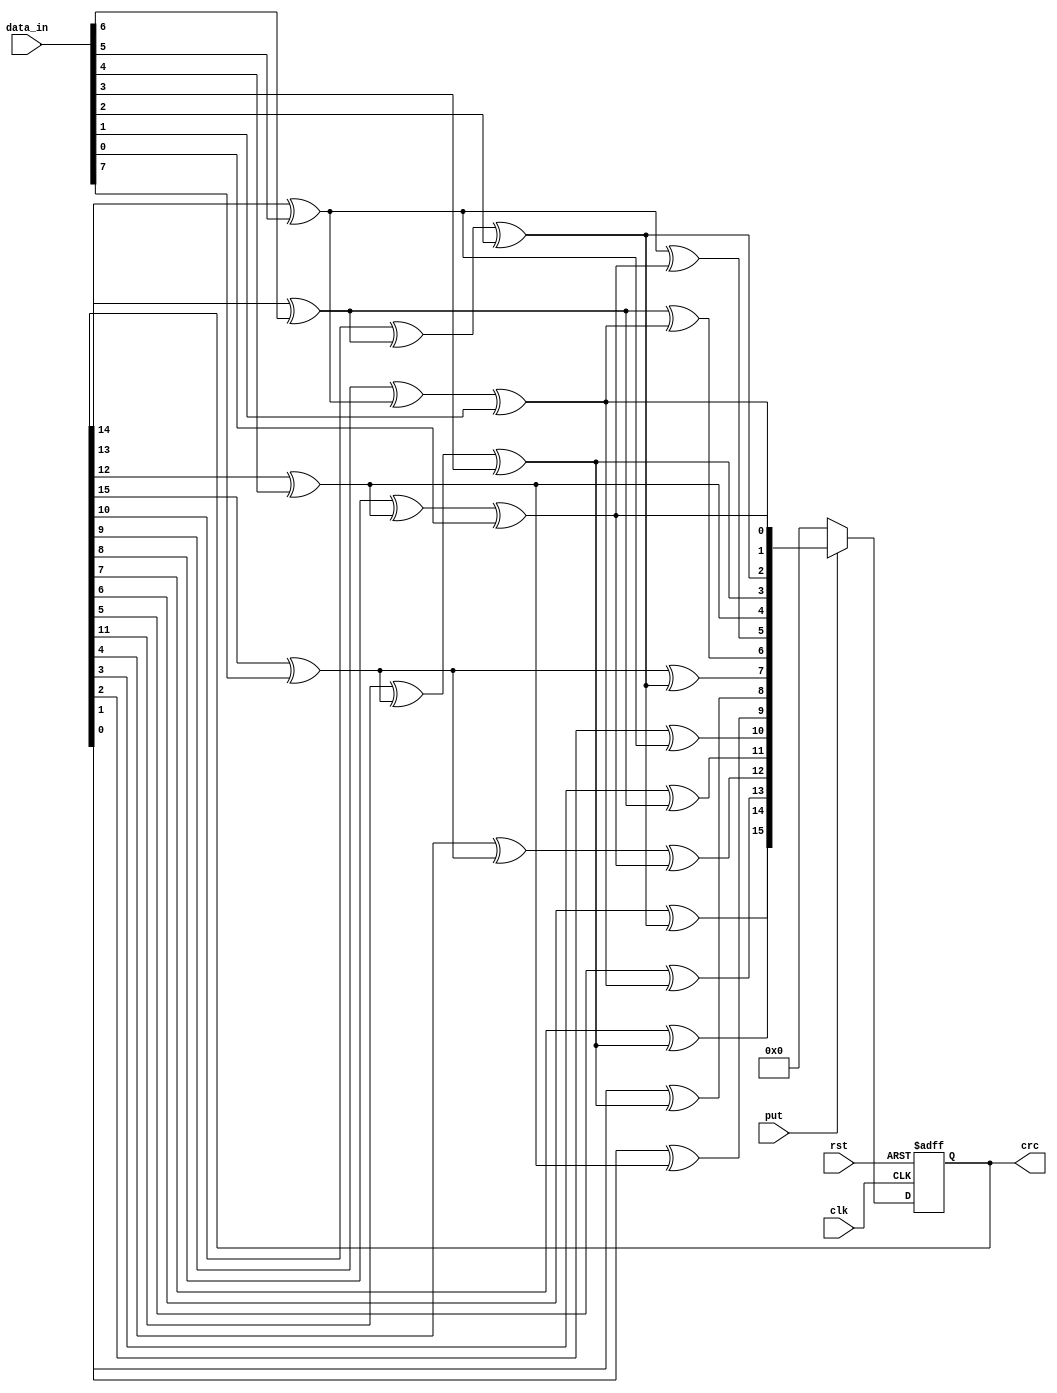
//CRC16 test
module CRC16(
     input             rst,      /* async reset,active low */ 
    input             clk,      /* clock input */ 
    input      [ 7 : 0 ] data_in, /* parallel data input pins */ 
    input             put, /* data valid,start to generate CRC, active high */ 
    output  reg [ 15 : 0 ] crc
);

integer i;
 reg feedback;
 reg [ 15 : 0 ] crc_tmp;
 //reg [23:0] data_crc;
 wire [23:0] data_crc;
 /*
 * * sequential process
 * */ 
 
 assign data_crc = (crc == 16'b0) ? 24'b0 : {data_in, crc} ;
always @( posedge clk or  negedge rst)
 begin 
    if (! rst)
        crc <= 16'b0; 
    else  if (put== 1'b0) 
        crc <= 16'b0; 
    else 
        crc <= crc_tmp;
       // data_crc <= {data_in, crc};
 end

/*
 * * combination process
 * */ 
always @( data_in or crc)
 begin 
    crc_tmp = crc;
    //data_crc = {data_in, crc};
     for (i= 7 ; i>= 0 ; i=i- 1 )
     begin 
        feedback     = crc_tmp[ 15 ] ^ data_in[i];
        crc_tmp[ 15 ] = crc_tmp[ 14 ];
        crc_tmp[ 14 ] = crc_tmp[ 13 ];
        crc_tmp[ 13 ] = crc_tmp[ 12 ];
        crc_tmp[ 12 ] = crc_tmp[ 11 ] ^ feedback;
        crc_tmp[ 11 ] = crc_tmp[ 10 ] ;
        crc_tmp[ 10 ] = crc_tmp[ 9 ];
        crc_tmp[ 9 ] = crc_tmp[ 8 ];
        crc_tmp[ 8 ] = crc_tmp[ 7 ];
        crc_tmp[ 7 ] = crc_tmp[ 6 ];
        crc_tmp[ 6 ] = crc_tmp[ 5 ];
        crc_tmp[ 5 ] = crc_tmp[ 4 ] ^ feedback;
        crc_tmp[ 4 ] = crc_tmp[ 3 ];
        crc_tmp[ 3 ] = crc_tmp[ 2 ];
        crc_tmp[ 2 ] = crc_tmp[ 1 ];
        crc_tmp[ 1 ] = crc_tmp[ 0 ];
        crc_tmp[ 0 ] = feedback;
      end 
end

endmodule